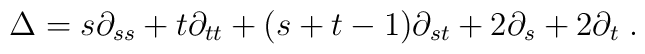
\Delta = s\partial_{ss} + t\partial_{tt} + (s+t-1)\partial_{st}  + 2\partial_s + 2\partial_t\;.